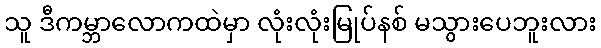
သူ ဒီကမ္ဘာလောကထဲမှာ လုံးလုံးမြုပ်နစ် မသွားပေဘူးလား